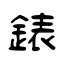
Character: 錶